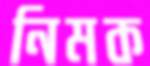
নিমক